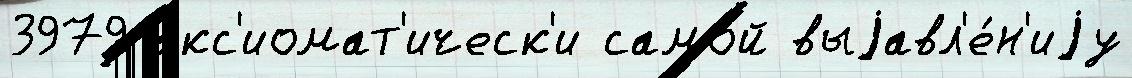
3979 акс'иомат'ическ'и самой выjавл'е́н'иjу